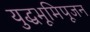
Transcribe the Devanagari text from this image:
युद्धभूमिपूजन